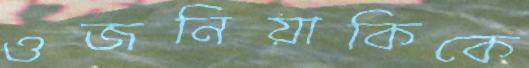
ওজনিয়াকিকে